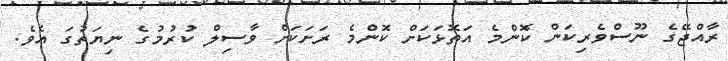
ރާއްޖޭގެ ނޫސްވެރިކަން ކޮންމެ އަތޮޅަކަށް ކޮންމެ ރަށަކަށް ވާސިލް ކުރުމުގެ ނިޔަތުގަ އެވެ.